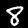
Label: 8